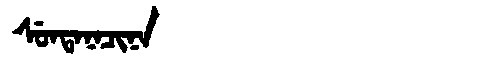
Manchu: ᠰᡠᠨᡨᠠᠨᠠᠴᡳᠨᠠ
Romanization: SUNTANACINA